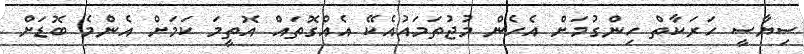
ސިޔާސީ ހަރަކާތް ހިންގުމަށް އެހެން މުޖުތަމައުއެކޭ އެއްގޮތައް އޮތީމަ ކަމަށް އެންމެ ބޮޑަށް